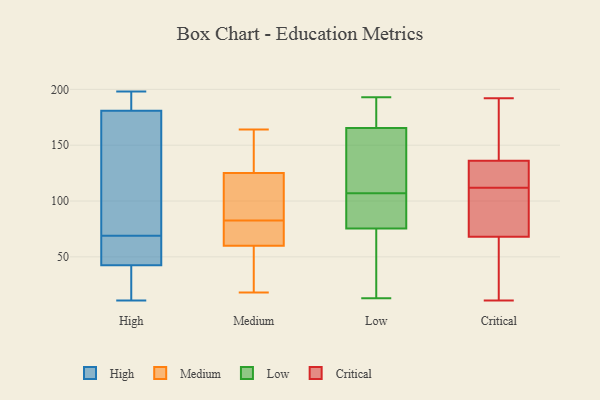
{"axis": {"x": "Active Users", "y": "Value"}, "legend": ["Critical", "High", "Low", "Medium"], "data": [{"x": "", "y": 185, "type": "High"}, {"x": "", "y": 11, "type": "High"}, {"x": "", "y": 115, "type": "High"}, {"x": "", "y": 64, "type": "High"}, {"x": "", "y": 52, "type": "High"}, {"x": "", "y": 15, "type": "High"}, {"x": "", "y": 44, "type": "High"}, {"x": "", "y": 184, "type": "High"}, {"x": "", "y": 42, "type": "High"}, {"x": "", "y": 85, "type": "High"}, {"x": "", "y": 176, "type": "High"}, {"x": "", "y": 17, "type": "High"}, {"x": "", "y": 189, "type": "High"}, {"x": "", "y": 69, "type": "High"}, {"x": "", "y": 182, "type": "High"}, {"x": "", "y": 177, "type": "High"}, {"x": "", "y": 198, "type": "High"}, {"x": "", "y": 68, "type": "High"}, {"x": "", "y": 36, "type": "High"}, {"x": "", "y": 160, "type": "Medium"}, {"x": "", "y": 125, "type": "Medium"}, {"x": "", "y": 119, "type": "Medium"}, {"x": "", "y": 63, "type": "Medium"}, {"x": "", "y": 102, "type": "Medium"}, {"x": "", "y": 60, "type": "Medium"}, {"x": "", "y": 27, "type": "Medium"}, {"x": "", "y": 18, "type": "Medium"}, {"x": "", "y": 164, "type": "Medium"}, {"x": "", "y": 61, "type": "Medium"}, {"x": "", "y": 88, "type": "Low"}, {"x": "", "y": 173, "type": "Low"}, {"x": "", "y": 180, "type": "Low"}, {"x": "", "y": 105, "type": "Low"}, {"x": "", "y": 79, "type": "Low"}, {"x": "", "y": 169, "type": "Low"}, {"x": "", "y": 193, "type": "Low"}, {"x": "", "y": 119, "type": "Low"}, {"x": "", "y": 13, "type": "Low"}, {"x": "", "y": 126, "type": "Low"}, {"x": "", "y": 110, "type": "Low"}, {"x": "", "y": 77, "type": "Low"}, {"x": "", "y": 97, "type": "Low"}, {"x": "", "y": 179, "type": "Low"}, {"x": "", "y": 24, "type": "Low"}, {"x": "", "y": 58, "type": "Low"}, {"x": "", "y": 74, "type": "Low"}, {"x": "", "y": 162, "type": "Low"}, {"x": "", "y": 55, "type": "Low"}, {"x": "", "y": 109, "type": "Low"}, {"x": "", "y": 22, "type": "Critical"}, {"x": "", "y": 124, "type": "Critical"}, {"x": "", "y": 192, "type": "Critical"}, {"x": "", "y": 61, "type": "Critical"}, {"x": "", "y": 112, "type": "Critical"}, {"x": "", "y": 137, "type": "Critical"}, {"x": "", "y": 89, "type": "Critical"}, {"x": "", "y": 133, "type": "Critical"}, {"x": "", "y": 98, "type": "Critical"}, {"x": "", "y": 160, "type": "Critical"}, {"x": "", "y": 11, "type": "Critical"}]}